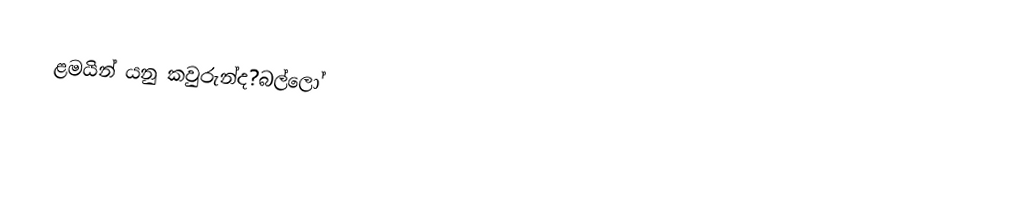
ළමයින් යනු කවුරුන්ද?බල්ලෝ